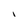
Character: I